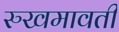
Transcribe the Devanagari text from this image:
रुखमावती